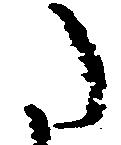
た